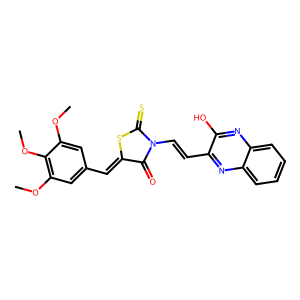
SMILES: COc1cc(C=C2SC(=S)N(C=Cc3nc4ccccc4nc3O)C2=O)cc(OC)c1OC
Inhibits HIV replication: No